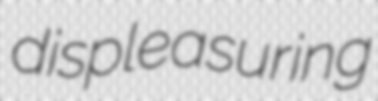
displeasuring